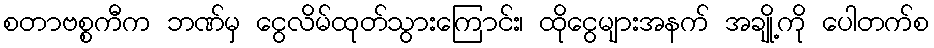
စတာဗစ္စကီက ဘဏ်မှ ငွေလိမ်ထုတ်သွားကြောင်း၊ ထိုငွေများအနက် အချို့ကို ပေါတက်စ